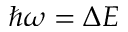
\hbar \omega = \Delta E